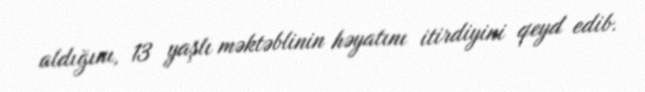
aldığını, 13 yaşlı məktəblinin həyatını itirdiyini qeyd edib.